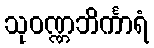
သုဝဏ္ဏဘိင်္ကာရံ